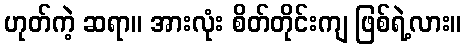
ဟုတ်ကဲ့ ဆရာ။ အားလုံး စိတ်တိုင်းကျ ဖြစ်ရဲ့လား။